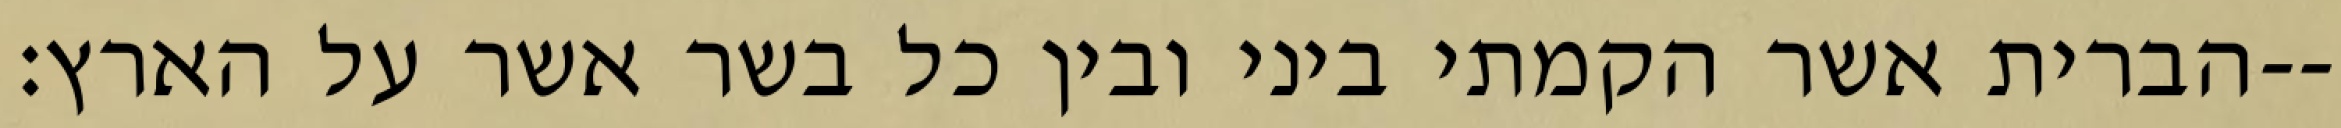
הברית אשר הקמתי ביני ובין כל בשר אשר על הארץ׃--